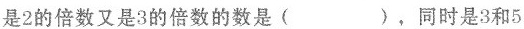
是2的倍数又是3的倍数的数是( )，同时是3和5